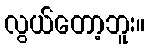
လွယ်တော့ဘူး။